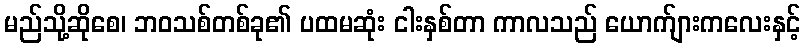
မည်သို့ဆိုစေ၊ ဘဝသစ်တစ်ခု၏ ပထမဆုံး ငါးနှစ်တာ ကာလသည် ယောက်ျားကလေးနှင့်